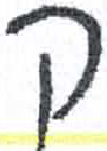
אות: ק